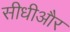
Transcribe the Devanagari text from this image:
सीधीऔर